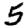
Digit: 5